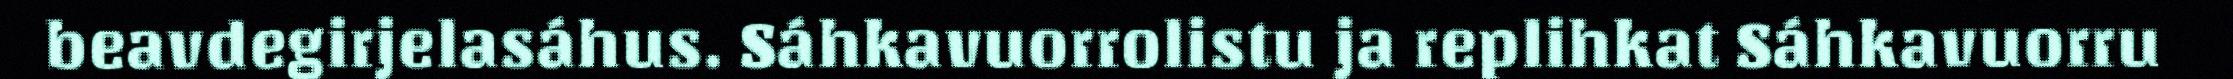
beavdegirjelasáhus. Sáhkavuorrolistu ja replihkat Sáhkavuorru